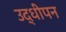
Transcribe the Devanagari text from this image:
उद्धीपन